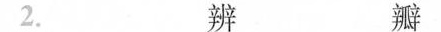
2. 辨 瓣